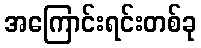
အကြောင်းရင်းတစ်ခု